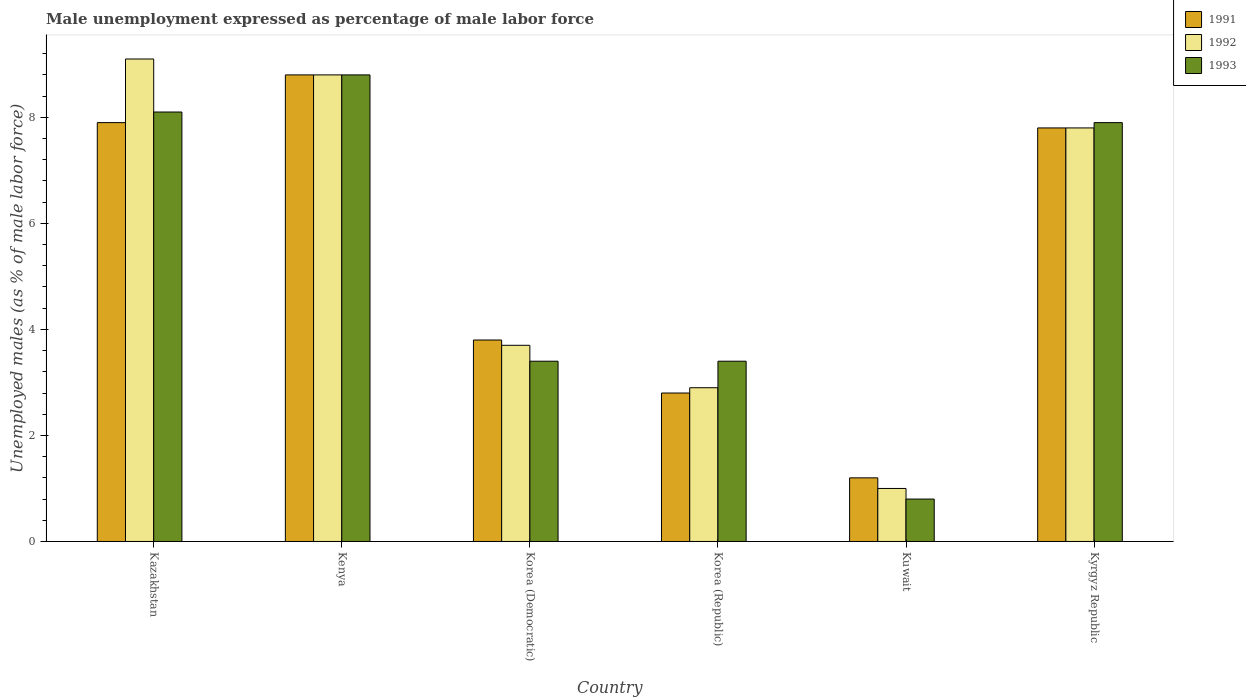
| Country | 1991 | 1992 | 1993 |
 | --- | --- | --- | --- |
 | Kazakhstan | 7.9 | 9.1 | 8.1 |
 | Kenya | 8.8 | 8.8 | 8.8 |
 | Korea (Democratic) | 3.8 | 3.7 | 3.4 |
 | Korea (Republic) | 2.8 | 2.9 | 3.4 |
 | Kuwait | 1.2 | 1 | 0.8 |
 | Kyrgyz Republic | 7.8 | 7.8 | 7.9 |